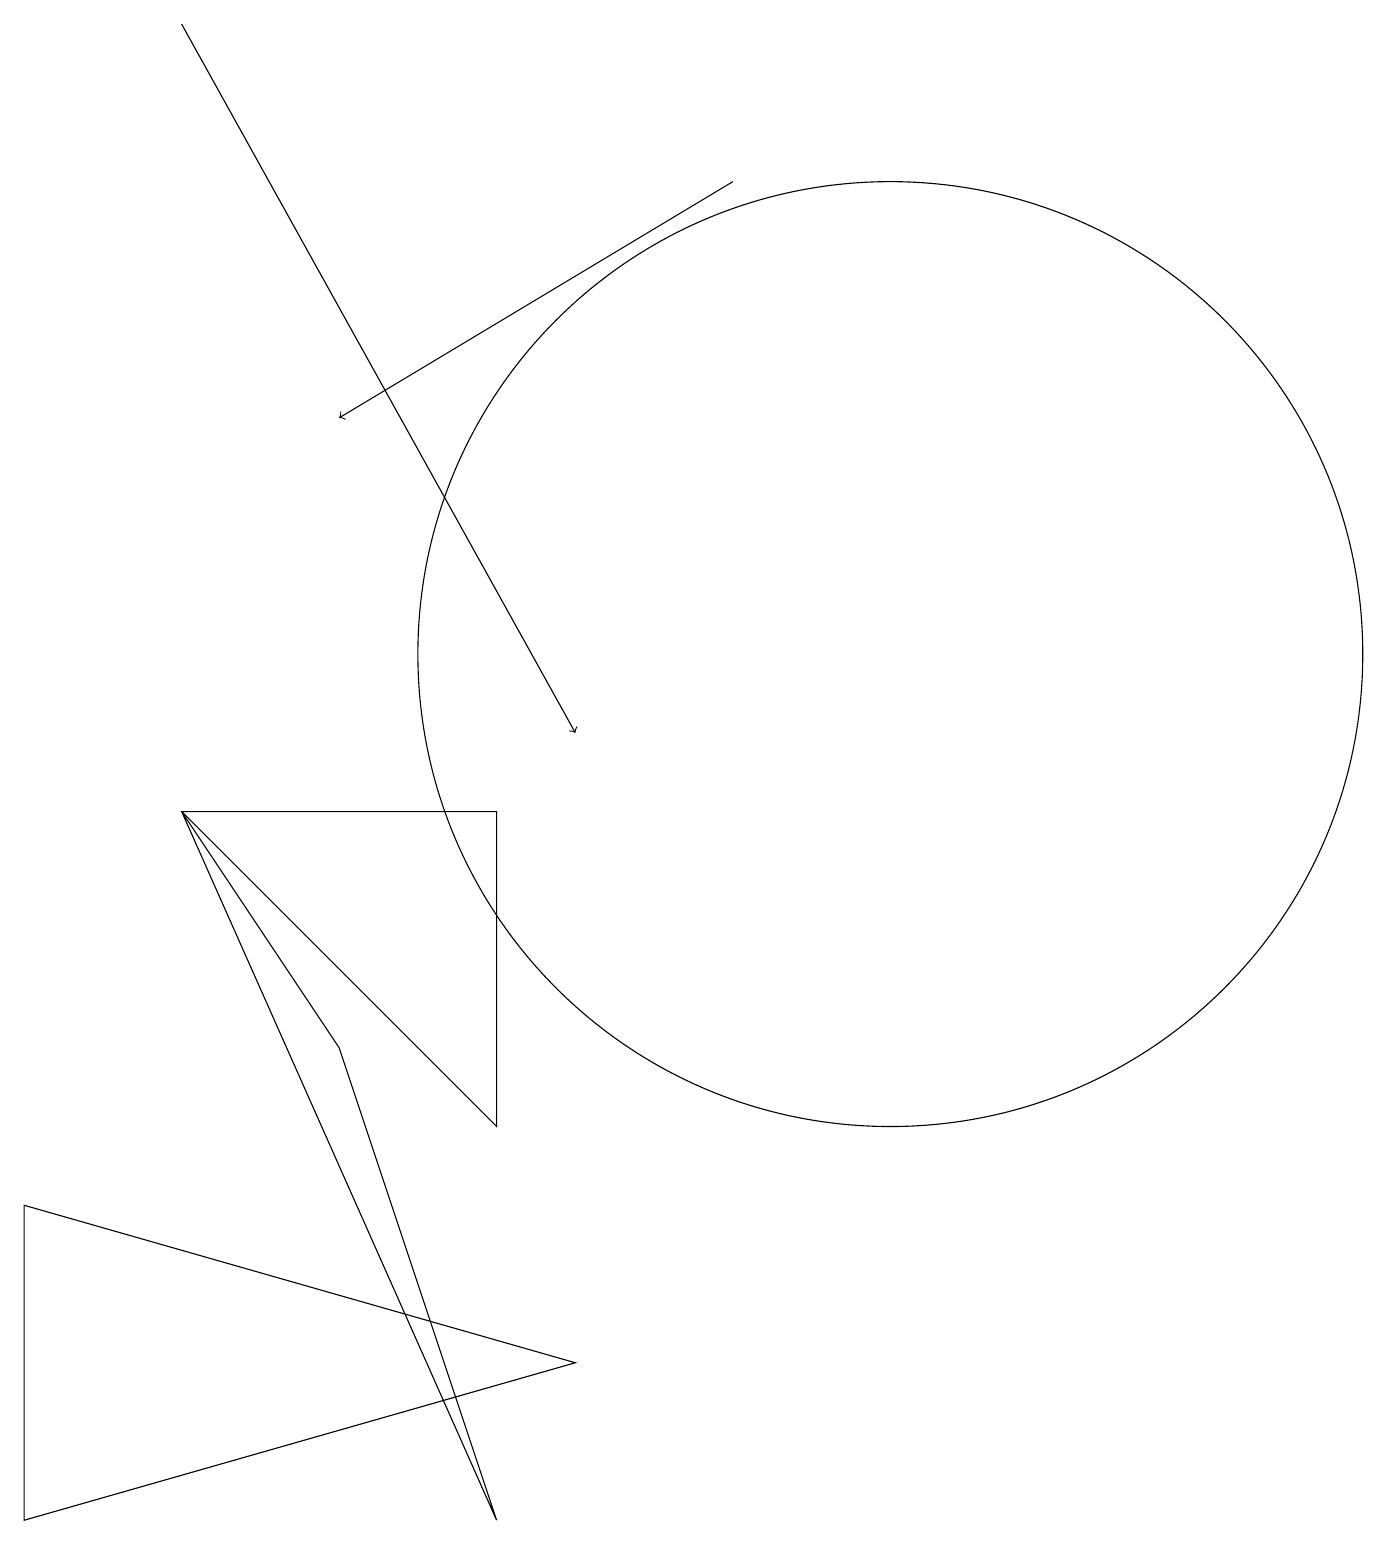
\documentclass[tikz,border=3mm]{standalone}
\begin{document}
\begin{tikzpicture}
\draw (6,9) -- (2,9) -- (6,5) -- cycle;
\draw (4,6) -- (6,0) -- (2,9) -- cycle;
\draw[->] (9,17) -- (4,14);
\draw[->] (2,19) -- (7,10);
\draw (0,4) -- (0,0) -- (7,2) -- cycle;
\draw (11,11) circle (6);
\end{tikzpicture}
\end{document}